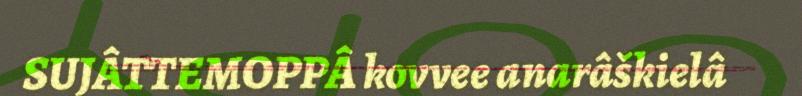
SUJÂTTEMOPPÂ kovvee anarâškielâ